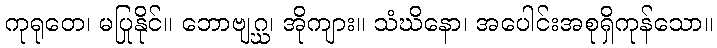
ကုရုတေ၊ မပြုနိုင်။ ဘောဗျဂ္ဃ၊ အိုကျား။ သံဃိနော၊ အပေါင်းအစုရှိကုန်သော။